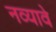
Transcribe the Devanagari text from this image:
नव्यावे